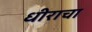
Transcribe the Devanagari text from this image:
धीराचा